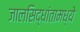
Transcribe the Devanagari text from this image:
जालसिद्धांतामध्ये